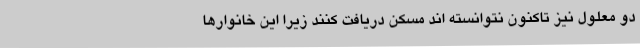
دو معلول نیز تاکنون نتوانسته اند مسکن دریافت کنند زیرا این خانوارها